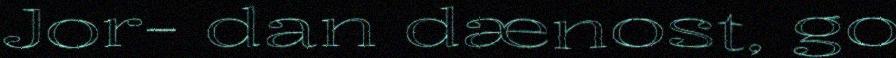
Jor- dan dænost, go